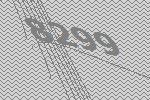
8299